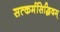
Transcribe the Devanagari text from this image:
सत्कर्मसिद्धिदम्